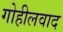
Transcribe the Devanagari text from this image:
गोहीलवाद